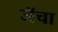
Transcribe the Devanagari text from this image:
जॅचा